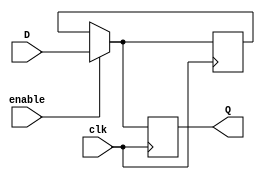
module transparent_latch_d_ff (
    input wire D,
    input wire clk,
    input wire enable,
    output reg Q
);

reg Q_latch;

always @(posedge clk) begin
    if (enable) begin
        Q_latch <= D;
    end
end

always @(posedge clk) begin
    if (!enable) begin
        Q <= Q_latch;
    end else begin
        Q <= D;
    end
end

endmodule